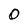
Character: 0